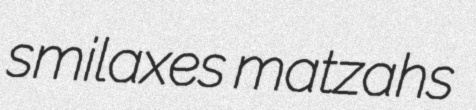
smilaxes matzahs